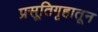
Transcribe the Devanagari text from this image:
प्रसूतिगृहातून